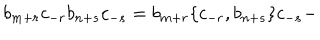
LaTeX: b _ { m + r } c _ { - r } b _ { n + s } c _ { - s } = b _ { m + r } \lbrace c _ { - r } , b _ { n + s } \rbrace c _ { - s } -